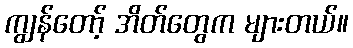
ကျွန်တော့် အိတ်တွေက များတယ်။